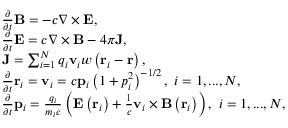
\begin{array} { r l } & { \frac { \partial } { \partial t } \mathbf { B } = - c \nabla \times \mathbf { E } , } \\ & { \frac { \partial } { \partial t } \mathbf { E } = c \nabla \times \mathbf { B } - 4 \pi \mathbf { J } , } \\ & { \mathbf { J } = \sum _ { i = 1 } ^ { N } q _ { i } \mathbf { v } _ { i } w \left( \mathbf { r } _ { i } - \mathbf { r } \right) , } \\ & { \frac { \partial } { \partial t } \mathbf { r } _ { i } = \mathbf { v } _ { i } = c \mathbf { p } _ { i } \left( 1 + p _ { i } ^ { 2 } \right) ^ { - 1 / 2 } , \ i = 1 , . . . , N , } \\ & { \frac { \partial } { \partial t } \mathbf { p } _ { i } = \frac { q _ { i } } { m _ { i } c } \left( \mathbf { E } \left( \mathbf { r } _ { i } \right) + \frac { 1 } { c } \mathbf { v } _ { i } \times \mathbf { B } \left( \mathbf { r } _ { i } \right) \right) , \ i = 1 , . . . , N , } \end{array}